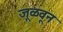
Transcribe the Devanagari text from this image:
जूळवून